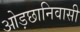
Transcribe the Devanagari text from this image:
ओड़छानिवासी